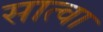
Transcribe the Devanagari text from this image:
सात्वा